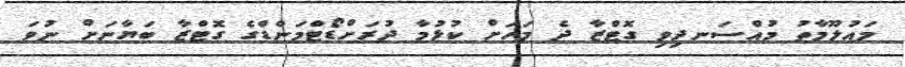
މައުލޫމާތު މުއްސަނދިވި ގޮޓްޒާ ދެ މަހަށް ކުޅުމާ ދުރަށްޑޯޓްމަންޑްގެ ގޮޓްޒާ ބަޔާނަށް ނުވަ